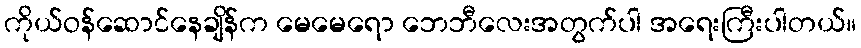
ကိုယ်ဝန်ဆောင်နေချိန်က မေမေရော ဘေဘီလေးအတွက်ပါ အရေးကြီးပါတယ်။